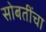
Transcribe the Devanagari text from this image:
सोबतींचा